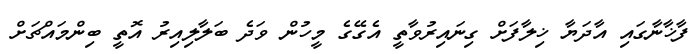
ފާޚާނާގައި އާދަޔާ ޚިލާފަށް ގިނައިރުވާތީ އެގޭގެ މީހުން ވަދެ ބަލާލިއިރު އޮތީ ބިންމައްޗަށް